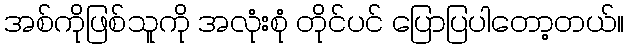
အစ်ကိုဖြစ်သူကို အလုံးစုံ တိုင်ပင် ပြောပြပါတော့တယ်။